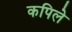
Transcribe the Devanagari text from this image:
कपिले